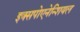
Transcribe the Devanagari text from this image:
इक्सपोएनेन्शियल